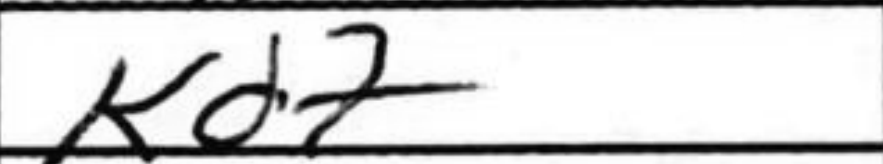
Transcription: Kd7